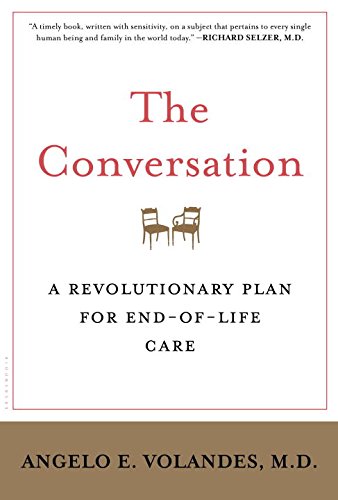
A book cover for The Conversation: A Revolutionary Plan for End-of-Life Care; Angelo Volandes; Self-Help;